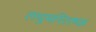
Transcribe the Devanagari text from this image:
लघुमस्तिष्क